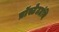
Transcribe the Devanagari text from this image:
प्रॉस्टेटग्रंथि